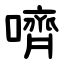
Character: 嚌